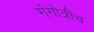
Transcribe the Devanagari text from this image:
गंगोत्रीच